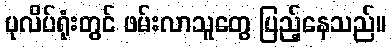
ပုလိပ်ရုံးတွင် ဖမ်းလာသူတွေ ပြည့်နေသည်။